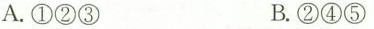
A.①②③ B.②④⑤